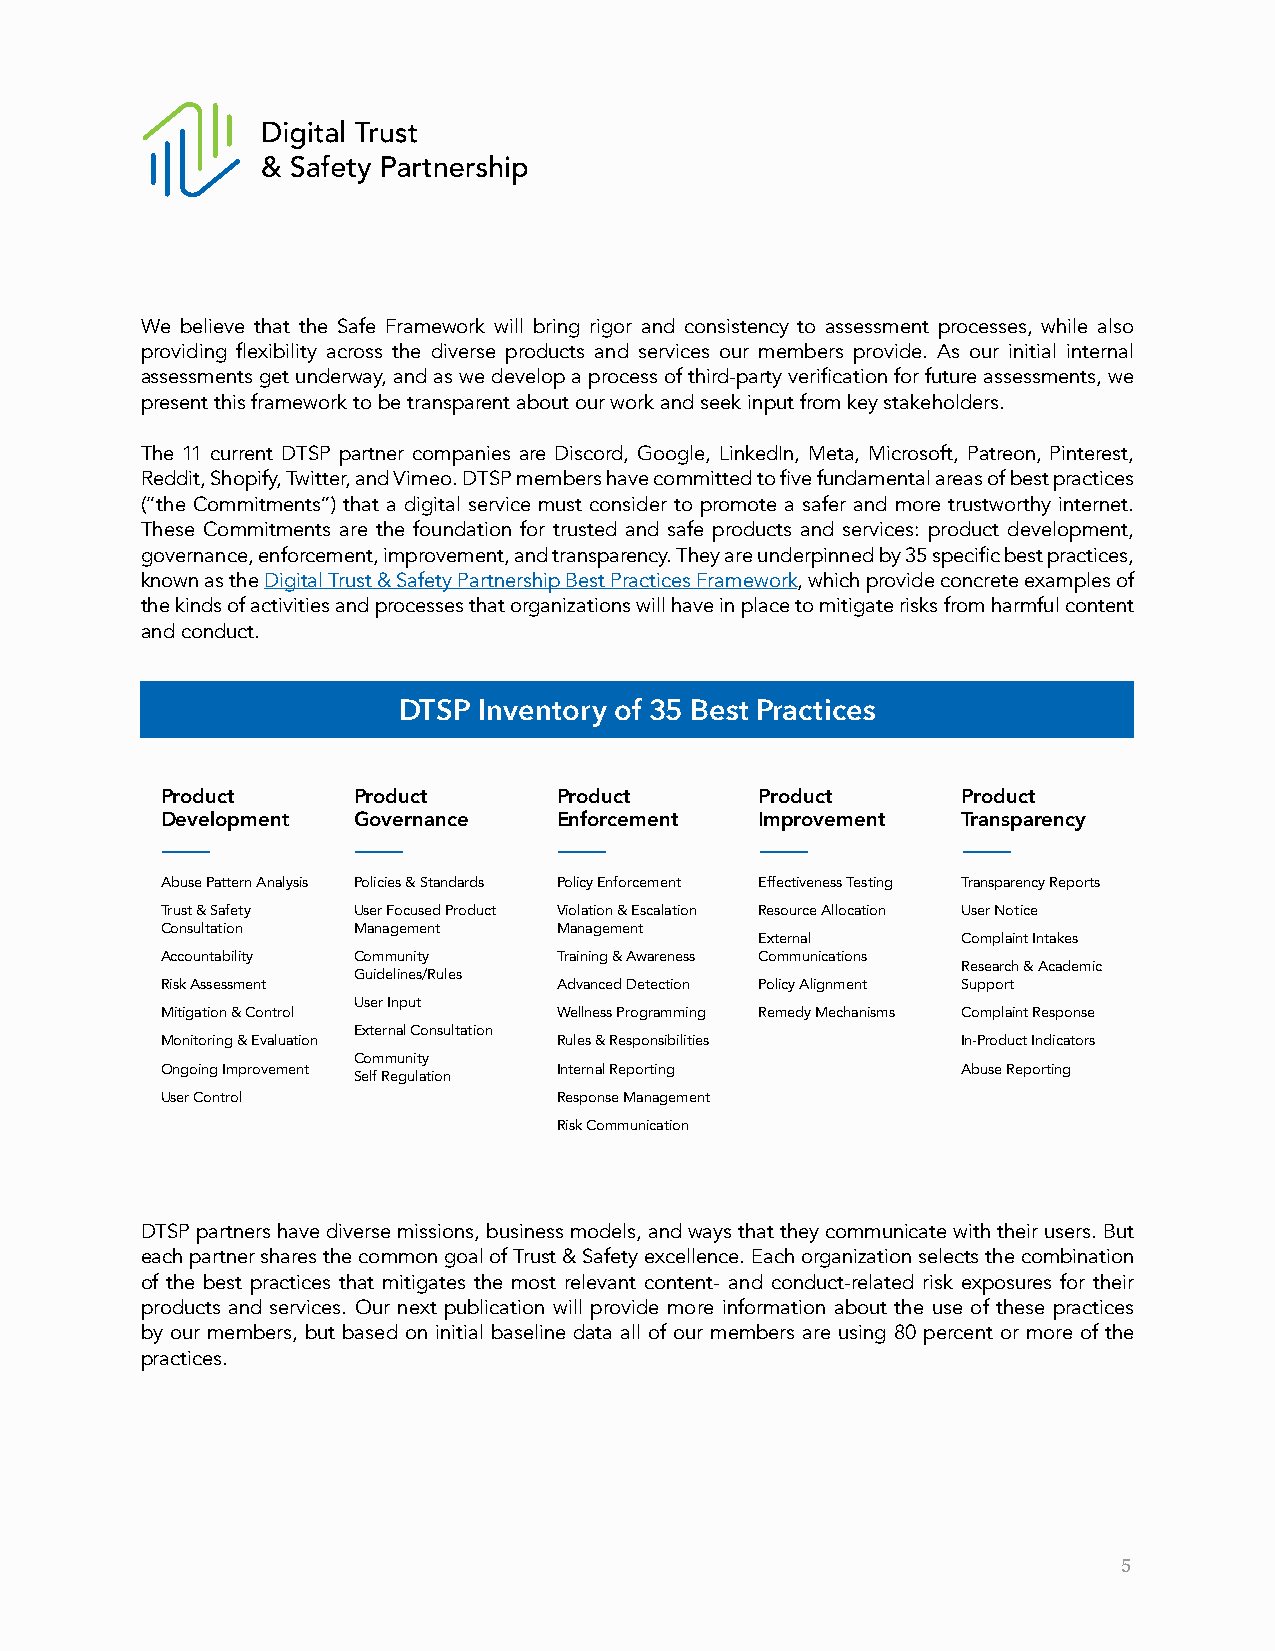
We believe that the Safe Framework will bring rigor and consistency to assessment processes, while also
 providing flexibility across the diverse products and services our members provide. As our initial internal
 assessments get underway, and as we develop a process of third-party verification for future assessments, we
 present this framework to be transparent about our work and seek input from key stakeholders.
 The 11 current DTSP partner companies are Discord, Google, LinkedIn, Meta, Microsoft, Patreon, Pinterest,
 Reddit, Shopify, Twitter, and Vimeo. DTSP members have committed to five fundamental areas of best practices
 (“the Commitments”) that a digital service must consider to promote a safer and more trustworthy internet.
 These Commitments are the foundation for trusted and safe products and services: product development,
 governance, enforcement, improvement, and transparency. They are underpinned by 35 specific best practices,
 known as the Digital Trust & Safety Partnership Best Practices Framework, which provide concrete examples of
 the kinds of activities and processes that organizations will have in place to mitigate risks from harmful content
 and conduct.
 DTSP  Inventory of 35 Best Practices
 Product     Product       Product      Product       Product
 Development Governance    Enforcement  Improvement   Transparency
 Abuse Pattern Analysis Policies & Standards Policy Enforcement Effectiveness Testing Transparency Reports
 Trust & Safety User Focused Product Violation & Escalation Resource Allocation User Notice
 Consultation Management   Management
 External      Complaint Intakes
 Accountability Community  Training & Awareness Communications
 Research & Academic
 Guidelines/Rules
 Risk Assessment           Advanced Detection Policy Alignment Support
 User Input
 Mitigation & Control      Wellness Programming Remedy Mechanisms Complaint Response
 External Consultation
 Monitoring & Evaluation   Rules & Responsibilities   In-Product Indicators
 Community
 Ongoing Improvement       Internal Reporting         Abuse Reporting
 Self Regulation
 User Control              Response Management
 Risk Communication
 DTSP partners have diverse missions, business models, and ways that they communicate with their users. But
 each partner shares the common goal of Trust & Safety excellence. Each organization selects the combination
 of the best practices that mitigates the most relevant content- and conduct-related risk exposures for their
 products and services. Our next publication will provide more information about the use of these practices
 by our members, but based on initial baseline data all of our members are using 80 percent or more of the
 practices.
 5